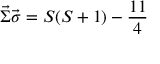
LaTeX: \vec { \Sigma } \vec { \sigma } = S ( S + 1 ) - \frac { 1 1 } { 4 }